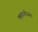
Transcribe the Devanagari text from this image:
कहा।योजना